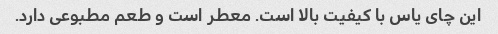
این چای یاس با کیفیت بالا است. معطر است و طعم مطبوعی دارد.